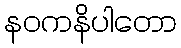
နဝကနိပါတော